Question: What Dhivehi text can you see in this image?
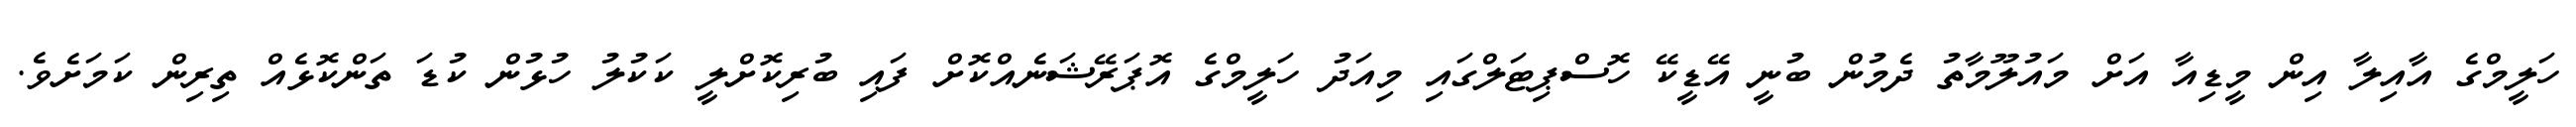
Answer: ހަލީމްގެ އާއިލާ އިން މީޑިއާ އަށް މައުލޫމާތު ދެމުން ބުނީ އޭޑީކޭ ހޮސްޕިޓަލްގައި މިއަދު ހަލީމްގެ އޮޕަރޭޝަނެއްކޮށް ފައި ބުރިކޮށްލީ ކަކުލު ހުޅުން ކުޑަ ތަންކޮޅެއް ތިރިން ކަމަށެވެ.